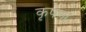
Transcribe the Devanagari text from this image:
कृषणा